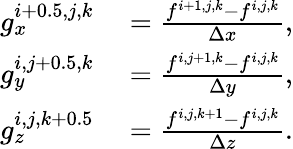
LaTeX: \begin{array}{rl}{g_{x}^{i+0.5,j,k}}&{{}=\frac{f^{i+1,j,k}-f^{i,j,k}}{\Delta x},}\\ {g_{y}^{i,j+0.5,k}}&{{}=\frac{f^{i,j+1,k}-f^{i,j,k}}{\Delta y},}\\ {g_{z}^{i,j,k+0.5}}&{{}=\frac{f^{i,j,k+1}-f^{i,j,k}}{\Delta z}.}\end{array}